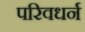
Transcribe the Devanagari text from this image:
परिवधर्न